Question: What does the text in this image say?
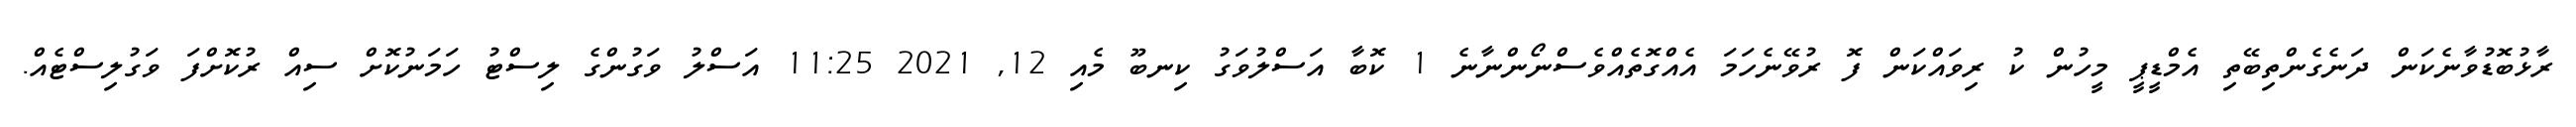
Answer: ރާޅުބޮޑުވާނެކަން ދަނެގެންތިބޭތި އެމްޑީޕީ މީހުން ކު ރިވައްކަން ފޮ ރުވޭނެހަމަ އެއްގޮތެއްވެސްނޯންނާނެ 1 ކޮބާ އަސްލުވަގު ކިނބޫ މެއި 12, 2021 11:25 އަސްލު ވަގުންގެ ލިސްޓު ހަމަނުކޮށް ސިއް ރުކޮށްފަ ވަގުލިސްޓެއް.